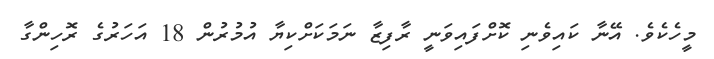
މީހެކެވެ. އޭނާ ކައިވެނި ކޮށްފައިވަނީ ރާފިޒާ ނަމަކަށްކިޔާ އުމުރުން 18 އަހަރުގެ ރޮހިންގާ